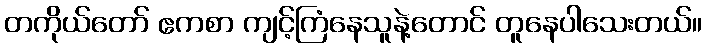
တကိုယ်တော် ဧကစာ ကျင့်ကြံနေသူနဲ့တောင် တူနေပါသေးတယ်။